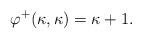
LaTeX: \begin{align*}\varphi^+(\kappa,\kappa)=\kappa+1.\end{align*}